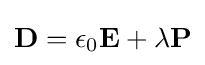
\mathbf {D} =\epsilon _{0}\mathbf {E} +\lambda \mathbf {P}